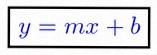
y=mx+b